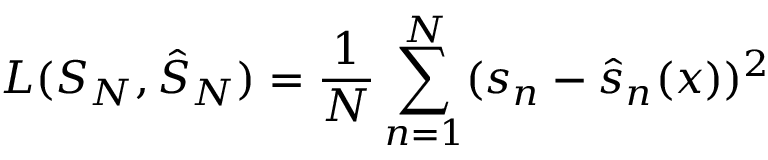
L ( S _ { N } , \hat { S } _ { N } ) = \frac { 1 } { N } \sum _ { n = 1 } ^ { N } ( s _ { n } - \hat { s } _ { n } ( x ) ) ^ { 2 }